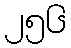
၂၅၆